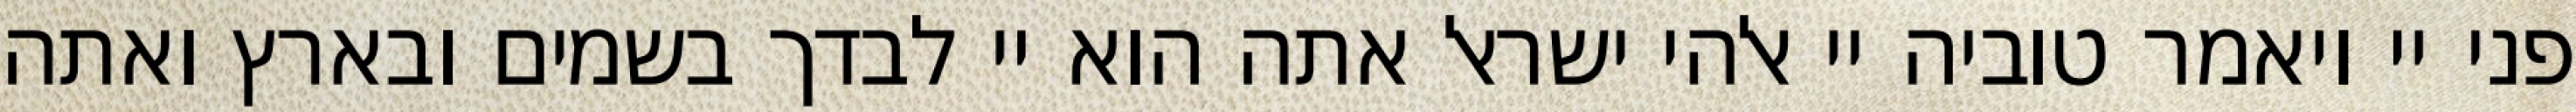
פני יי ויאמר טוביה יי אלהי ישראל אתה הוא יי לבדך בשמים ובארץ ואתה